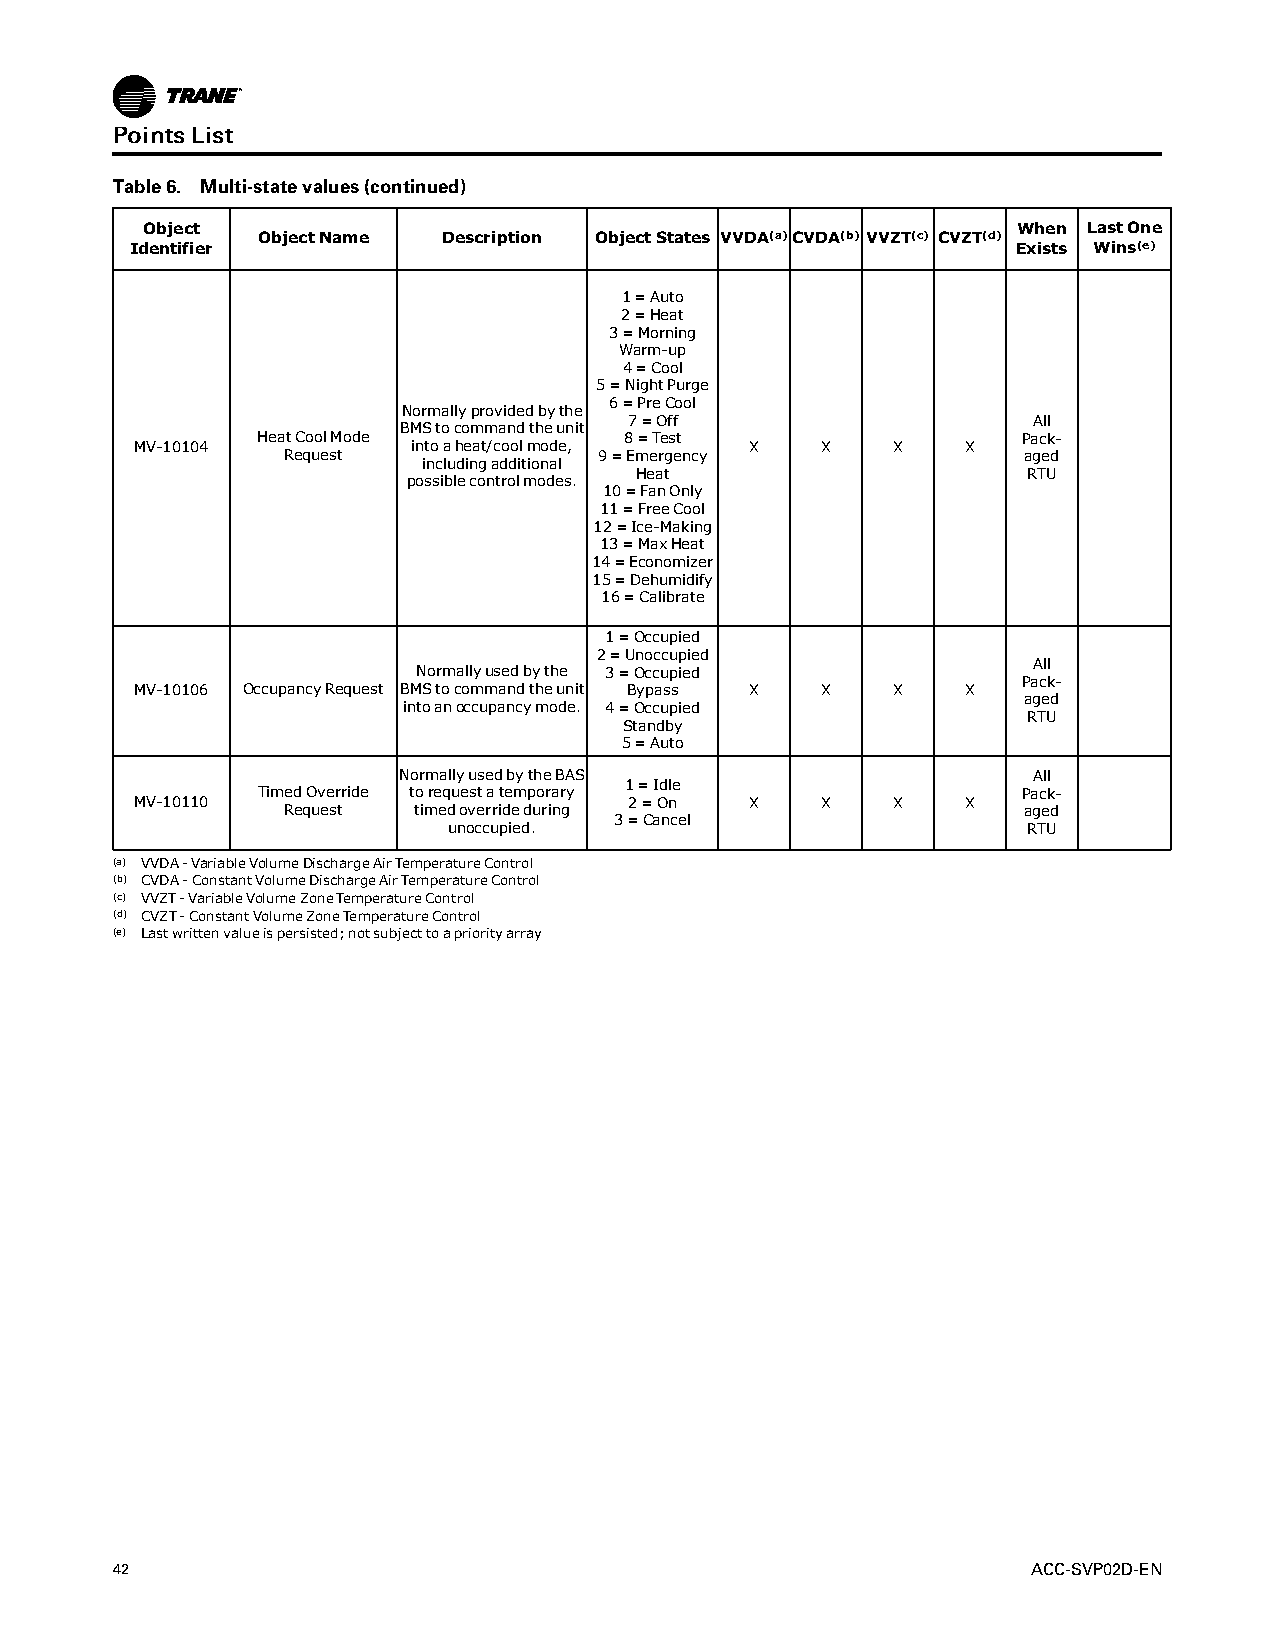
PPooiinnttssLLiisstt
 Table6. Multi-statevalues(continued)
 Object                                                    When LastOne
 ObjectName  Description ObjectStates VVDA(a)CVDA(b) VVZT(c) CVZT(d)
 Identifier                                                Exists Wins(e)
 1=Auto
 2=Heat
 3=Morning
 Warm-up
 4=Cool
 5=NightPurge
 6=PreCool
 Normallyprovidedbythe
 7=Off                     All
 BMStocommandtheunit
 HeatCoolMode            8=Test                     Pack-
 MV-10104          intoaheat/coolmode,    X   X    X    X
 Request              9=Emergency                 aged
 includingadditional
 Heat                      RTU
 possiblecontrolmodes.
 10=FanOnly
 11=FreeCool
 12=Ice-Making
 13=MaxHeat
 14=Economizer
 15=Dehumidify
 16=Calibrate
 1=Occupied
 2=Unoccupied
 All
 Normallyusedbythe 3=Occupied
 Pack-
 MV-10106 OccupancyRequest BMStocommandtheunit Bypass X X X X
 aged
 intoanoccupancymode. 4=Occupied
 RTU
 Standby
 5=Auto
 NormallyusedbytheBAS                      All
 1=Idle
 TimedOverride torequestatemporary                  Pack-
 MV-10110                         2=On    X   X    X    X
 Request timedoverrideduring                      aged
 3=Cancel
 unoccupied.                           RTU
 (a) VVDA-VariableVolumeDischargeAirTemperatureControl
 (b) CVDA-ConstantVolumeDischargeAirTemperatureControl
 (c) VVZT-VariableVolumeZoneTemperatureControl
 (d) CVZT-ConstantVolumeZoneTemperatureControl
 (e) Lastwrittenvalueispersisted;notsubjecttoapriorityarray
 42                                                           ACC-SVP02D-EN